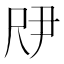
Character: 𫵗